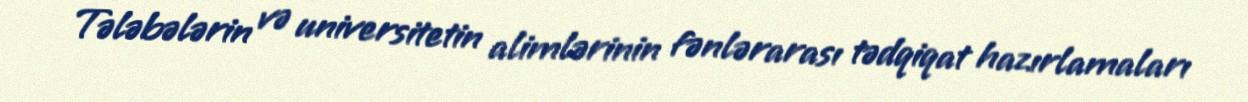
Tələbələrin və universitetin alimlərinin fənlərarası tədqiqat hazırlamaları